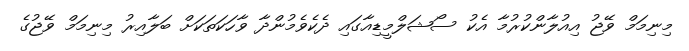
މިނިމަމް ވޭޖު އިއުލާންކުރުމާ އެކު ސޯޝަލްމީޑިއާގައި ދެކެވެމުންދާ ވާހަކަތަކަށް ބަލާއިރު މިނިމަމް ވޭޖުގެ